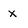
Character: x